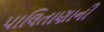
પાલિતાણાની